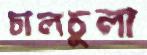
চালচুলা